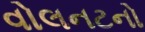
વોલનટનો